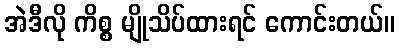
အဲဒီလို ကိစ္စ မျိုသိပ်ထားရင် ကောင်းတယ်။